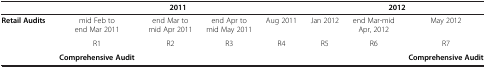
<table><thead><tr><td><b> </b></td><td colspan="4"><b>2011</b></td><td colspan="3"><b>2012</b></td></tr></thead><tbody><tr><td rowspan="2"><b>Retail Audits</b></td><td>mid Feb to end Mar 2011</td><td>end Mar to mid Apr 2011</td><td>end Apr to mid May 2011</td><td>Aug 2011</td><td>Jan 2012</td><td>end Mar-mid Apr, 2012</td><td>May 2012</td></tr><tr><td>R1</td><td>R2</td><td>R3</td><td>R4</td><td>R5</td><td>R6</td><td>R7</td></tr><tr><td> </td><td><b>Comprehensive Audit</b></td><td> </td><td> </td><td> </td><td> </td><td> </td><td><b>Comprehensive Audit</b></td></tr></tbody></table>